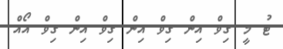
ޓު މީ ގިވް އިން ގިވް އިން ގިވް އިން ގިވް އޯއް